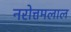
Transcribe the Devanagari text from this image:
नरोत्तमलाल